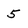
Character: 5